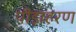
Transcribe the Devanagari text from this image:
पीड़ाहरण